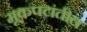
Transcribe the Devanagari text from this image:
मूकपटांतील